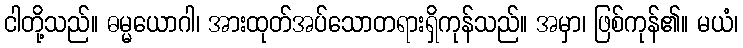
ငါတို့သည်။ ဓမ္မယောဂါ၊ အားထုတ်အပ်သောတရားရှိကုန်သည်။ အမှာ၊ ဖြစ်ကုန်၏။ မယံ၊